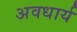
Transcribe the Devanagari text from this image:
अवधार्य